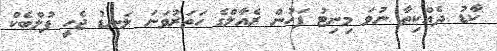
ކާޑު ދެއްކިތާ ނުވަ މިނިޓު ފަހުން ރެއާލްގެ ހަތަރުވަނަ ލަނޑު ޖެހީ ފުލްބެކް